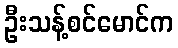
ဦးသန့်စင်မောင်က